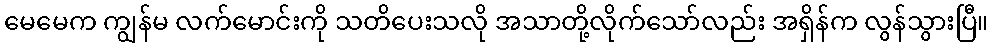
မေမေက ကျွန်မ လက်မောင်းကို သတိပေးသလို အသာတို့လိုက်သော်လည်း အရှိန်က လွန်သွားပြီ။